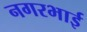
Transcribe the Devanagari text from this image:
नगरभाई